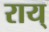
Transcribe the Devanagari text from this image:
राय्